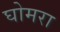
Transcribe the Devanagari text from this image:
घोमरा